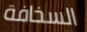
السخافة